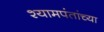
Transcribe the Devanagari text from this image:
श्यामपंतांच्या